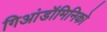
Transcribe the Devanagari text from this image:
गिआंडॉमिनिको